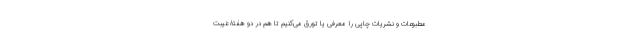
مطبوعات و نشریات چاپی را معرفی یا تورّق می‌کنیم تا هم در دو هفتۀ غیبت